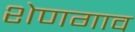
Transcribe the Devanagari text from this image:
शेणगाव